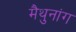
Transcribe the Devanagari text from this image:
मैथुनांग